Indian journal of veterinary science and animal husbandry - Volumes 15-17, 1948-1951
Year: 1948
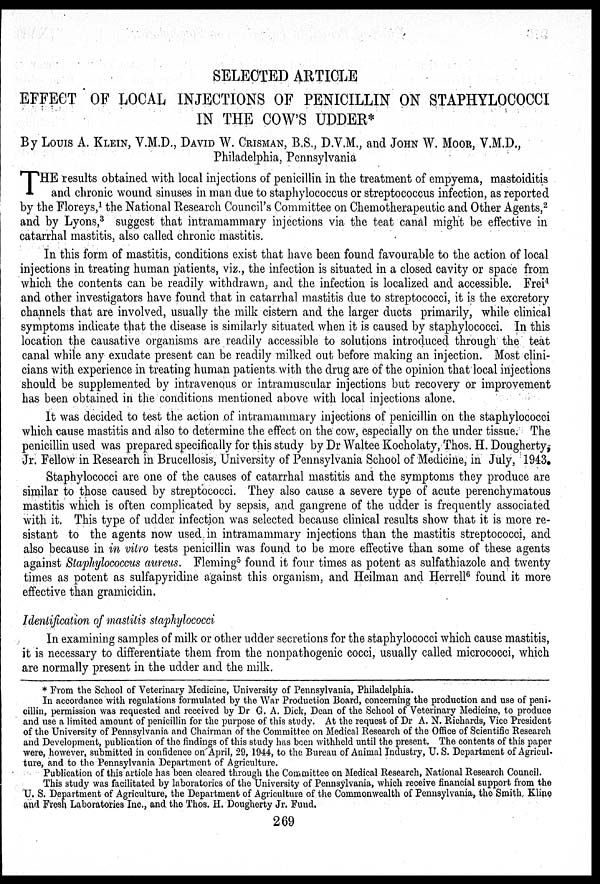
SELECTED ARTICLE
EFFECT OF LOCAL INJECTIONS OF PENICILLIN ON STAPHYLOCOCCI
IN THE COW'S UDDER*
By LOUIS A. KLEIN, V.M.D., DAVID W. CRISMAN, B.S., D.V.M., and JOHN W. MOOR, V.M.D.,
Philadelphia, Pennsylvania
T HE results obtained with local injections of penicillin in the treatment of empyema, mastoiditis
and chronic wound sinuses in man due to staphylococcus or streptococcus infection, as reported
by the Floreys, 1 the National Research Council's Committee on Chemotherapeutic and Other Agents, 2
and by Lyons, 3 suggest that intramammary injections via the teat canal might be effective in
catarrhal mastitis, also called chronic mastitis.
In this form of mastitis, conditions exist that have been found favourable to the action of local
injections in treating human patients, viz., the infection is situated in a closed cavity or space from
which the contents can be readily withdrawn, and the infection is localized and accessible. Frei 4
and other investigators have found that in catarrhal mastitis due to streptococci, it is the excretory
channels that are involved, usually the milk cistern and the larger ducts primarily, while clinical
symptoms indicate that the disease is similarly situated when it is caused by staphylococci. In this
location the causative organisms are readily accessible to solutions introduced through the teat
canal while any exudate present can be readily milked out before making an injection. Most clini-
cians with experience in treating human patients with the drug are of the opinion that local injections
should be supplemented by intravenous or intramuscular injections but recovery or improvement
has been obtained in the conditions mentioned above with local injections alone.
It was decided to test the action of intramammary injections of penicillin on the staphylococci
which cause mastitis and also to determine the effect on the cow, especially on the under tissue. The
penicillin used was prepared specifically for this study by Dr Waltee Kocholaty, Thos. H. Dougherty,
Jr. Fellow in Research in Brucellosis, University of Pennsylvania School of Medicine, in July, 1943.
Staphylococci are one of the causes of catarrhal mastitis and the symptoms they produce are
similar to those caused by streptococci. They also cause a severe type of acute perenchymatous
mastitis which is often complicated by sepsis, and gangrene of the udder is frequently associated
with it. This type of udder infection was selected because clinical results show that it is more re-
sistant to the agents now used in intramammary injections than the mastitis streptococci, and
also because in in vitro tests penicillin was found to be more effective than some of these agents
against Staphylococcus aureus. Fleming 5 found it four times as potent as sulfathiazole and twenty
times as potent as sulfapyridine against this organism, and Heilman and Herrell 6 found it more
effective than gramicidin.
Identification of mastitis staphylococci
In examining samples of milk or other udder secretions for the staphylococci which cause mastitis,
it is necessary to differentiate them from the nonpathogenic cocci, usually called micrococci, which
are normally present in the udder and the milk.
* From the School of Veterinary Medicine, University of Pennsylvania, Philadelphia.
In accordance with regulations formulated by the War Production Board, concerning the production and use of peni-
cillin, permission was requested and received by Dr G. A. Dick, Dean of the School of Veterinary Medicine, to produce
and use a limited amount of penicillin for the purpose of this study. At the request of Dr A. N. Richards, Vice President
of the University of Pennsylvania and Chairman of the Committee on Medical Research of the Office of Scientific Research
and Development, publication of the findings of this study has been withheld until the present. The contents of this paper
were, however, submitted in confidence on April, 29, 1944, to the Bureau of Animal Industry, U. S. Department of Agricul-
ture, and to the Pennsylvania Department of Agriculture.
Publication of this article has been cleared through the Committee on Medical Research, National Research Council.
This study was facilitated by laboratories of the University of Pennsylvania, which receive financial support from the
U. S. Department of Agriculture, the Department of Agriculture of the Commonwealth of Pennsylvania, the Smith Kline
and Fresh Laboratories Inc., and the Thos. H. Dougherty Jr. Fund.
269